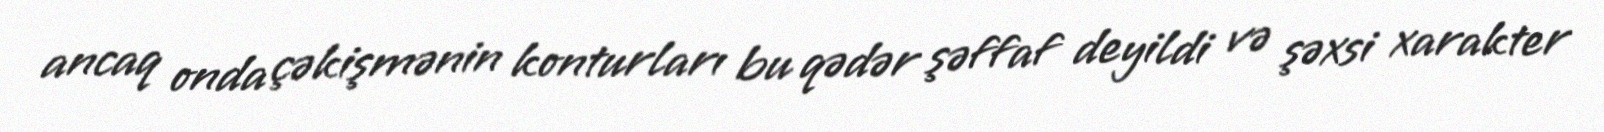
ancaq onda çəkişmənin konturları bu qədər şəffaf deyildi və şəxsi xarakter